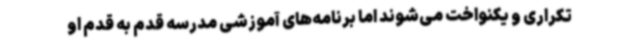
تکراری و یکنواخت می‌شوند اما برنامه‌های آموزشی مدرسه قدم به قدم او